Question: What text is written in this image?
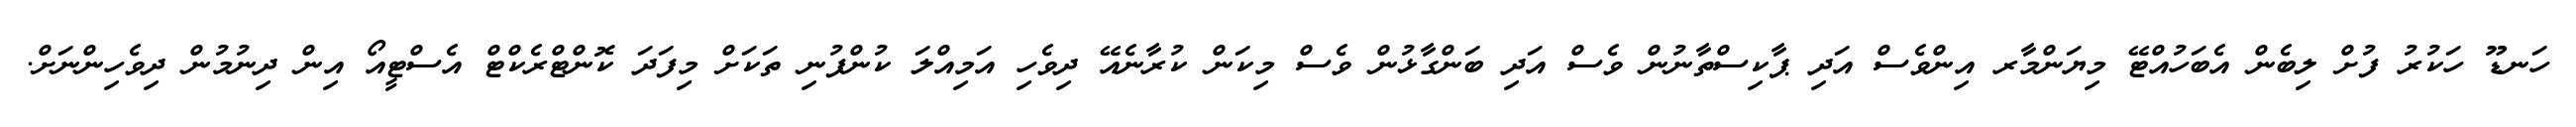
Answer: ހަނޑޫ ހަކުރު ފުށް ލިބެން އެބަހުއްޓޭ މިޔަންމާރ އިންވެސް އަދި ޕާކިސްތާނުން ވެސް އަދި ބަންގާޅުން ވެސް މިކަން ކުރާނެއޭ ދިވެހި އަމިއްލަ ކުންފުނި ތަކަށް މިފަދަ ކޮންޓްރެކްޓް އެސްޓީއޯ އިން ދިނުމުން ދިވެހިންނަށް.